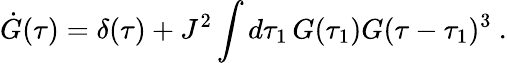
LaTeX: \dot{G}(\tau)=\delta(\tau)+J^{2}\int d\tau_{1}\, G(\tau_{1})G(\tau-\tau_{1})^{3}~.